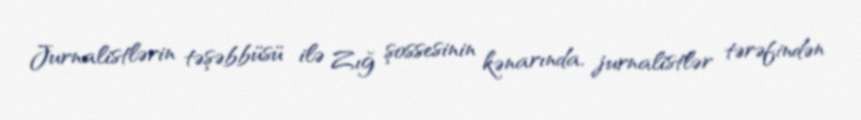
Jurnalistlərin təşəbbüsü ilə Zığ şossesinin kənarında, jurnalistlər tərəfindən